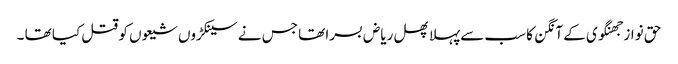
حق نواز جھنگوی کے آنگن کا سب سےپہلا پھل ریاض بسرا تھا جس نے سینکڑوں شیعوں کو قتل کیا تھا ۔